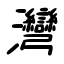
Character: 灣